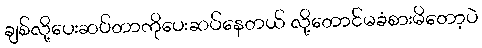
ချစ်လို့ပေးဆပ်တာကိုပေးဆပ်နေတယ် လို့တောင်မခံစားမိတော့ပဲ